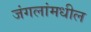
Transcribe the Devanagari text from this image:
जंगलांमधील